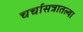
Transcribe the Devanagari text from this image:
चर्चासत्रातल्या